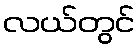
လယ်တွင်